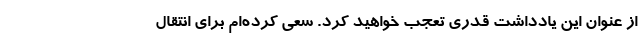
از عنوان این یادداشت قدری تعجب خواهید کرد. سعی کرده‌ام برای انتقال